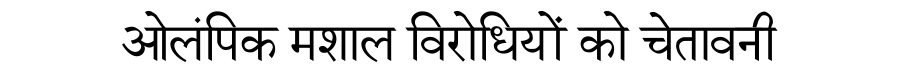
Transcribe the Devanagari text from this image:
ओलंपिक मशाल विरोधियों को चेतावनी